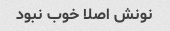
نونش اصلا خوب نبود